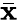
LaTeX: \bar{\mathbf x}